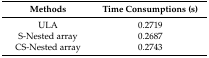
<table><thead><tr><td><b>Methods</b></td><td><b>Time Consumptions (s)</b></td></tr></thead><tbody><tr><td>ULA</td><td>0.2719</td></tr><tr><td>S-Nested array</td><td>0.2687</td></tr><tr><td>CS-Nested array</td><td>0.2743</td></tr></tbody></table>